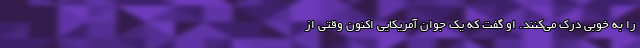
را به خوبی درک می‌کنند. او گفت که یک جوان آمریکایی اکنون وقتی از